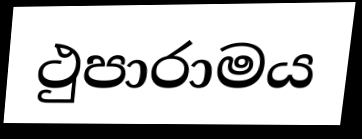
ථුපාරාමය